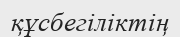
құсбегіліктің